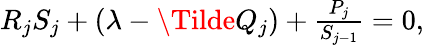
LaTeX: \begin{array}{r}{R_{j}S_{j}+(\lambda-\Tilde{Q}_{j})+\frac{P_{j}}{S_{j-1}}=0,}\end{array}